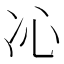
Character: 𠖶